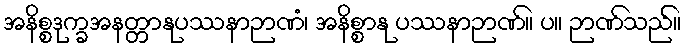
အနိစ္စဒုက္ခအနတ္တာနုပဿနာဉာဏံ၊ အနိစ္စာနု ပဿနာဉာဏ်။ ပ။ ဉာဏ်သည်။